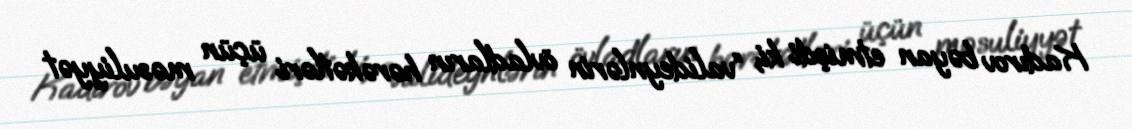
Kadırov bəyan etmişdi ki, “valideynlərin övladların hərəkətləri üçün məsuliyyət